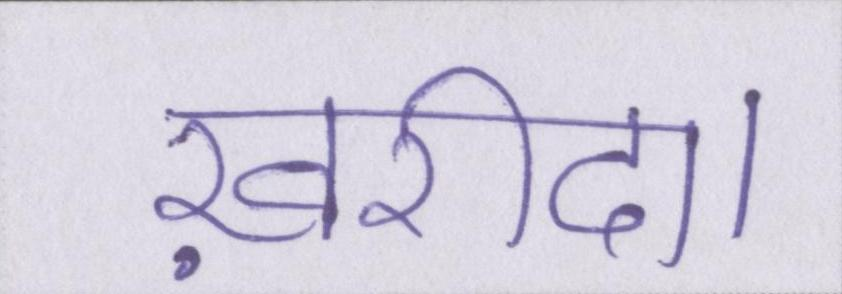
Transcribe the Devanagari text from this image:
ख़रीदा।